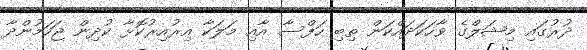
ދުރުގައި މިޝަލްގެ ވާހަކަދައްކަން ތިބި ހަފްސާ އާއި މަލަކާ އިރުއިރުކޮޅާ ކުދިން ޖަހަމުންދާ